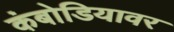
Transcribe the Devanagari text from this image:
कंबोडियावर